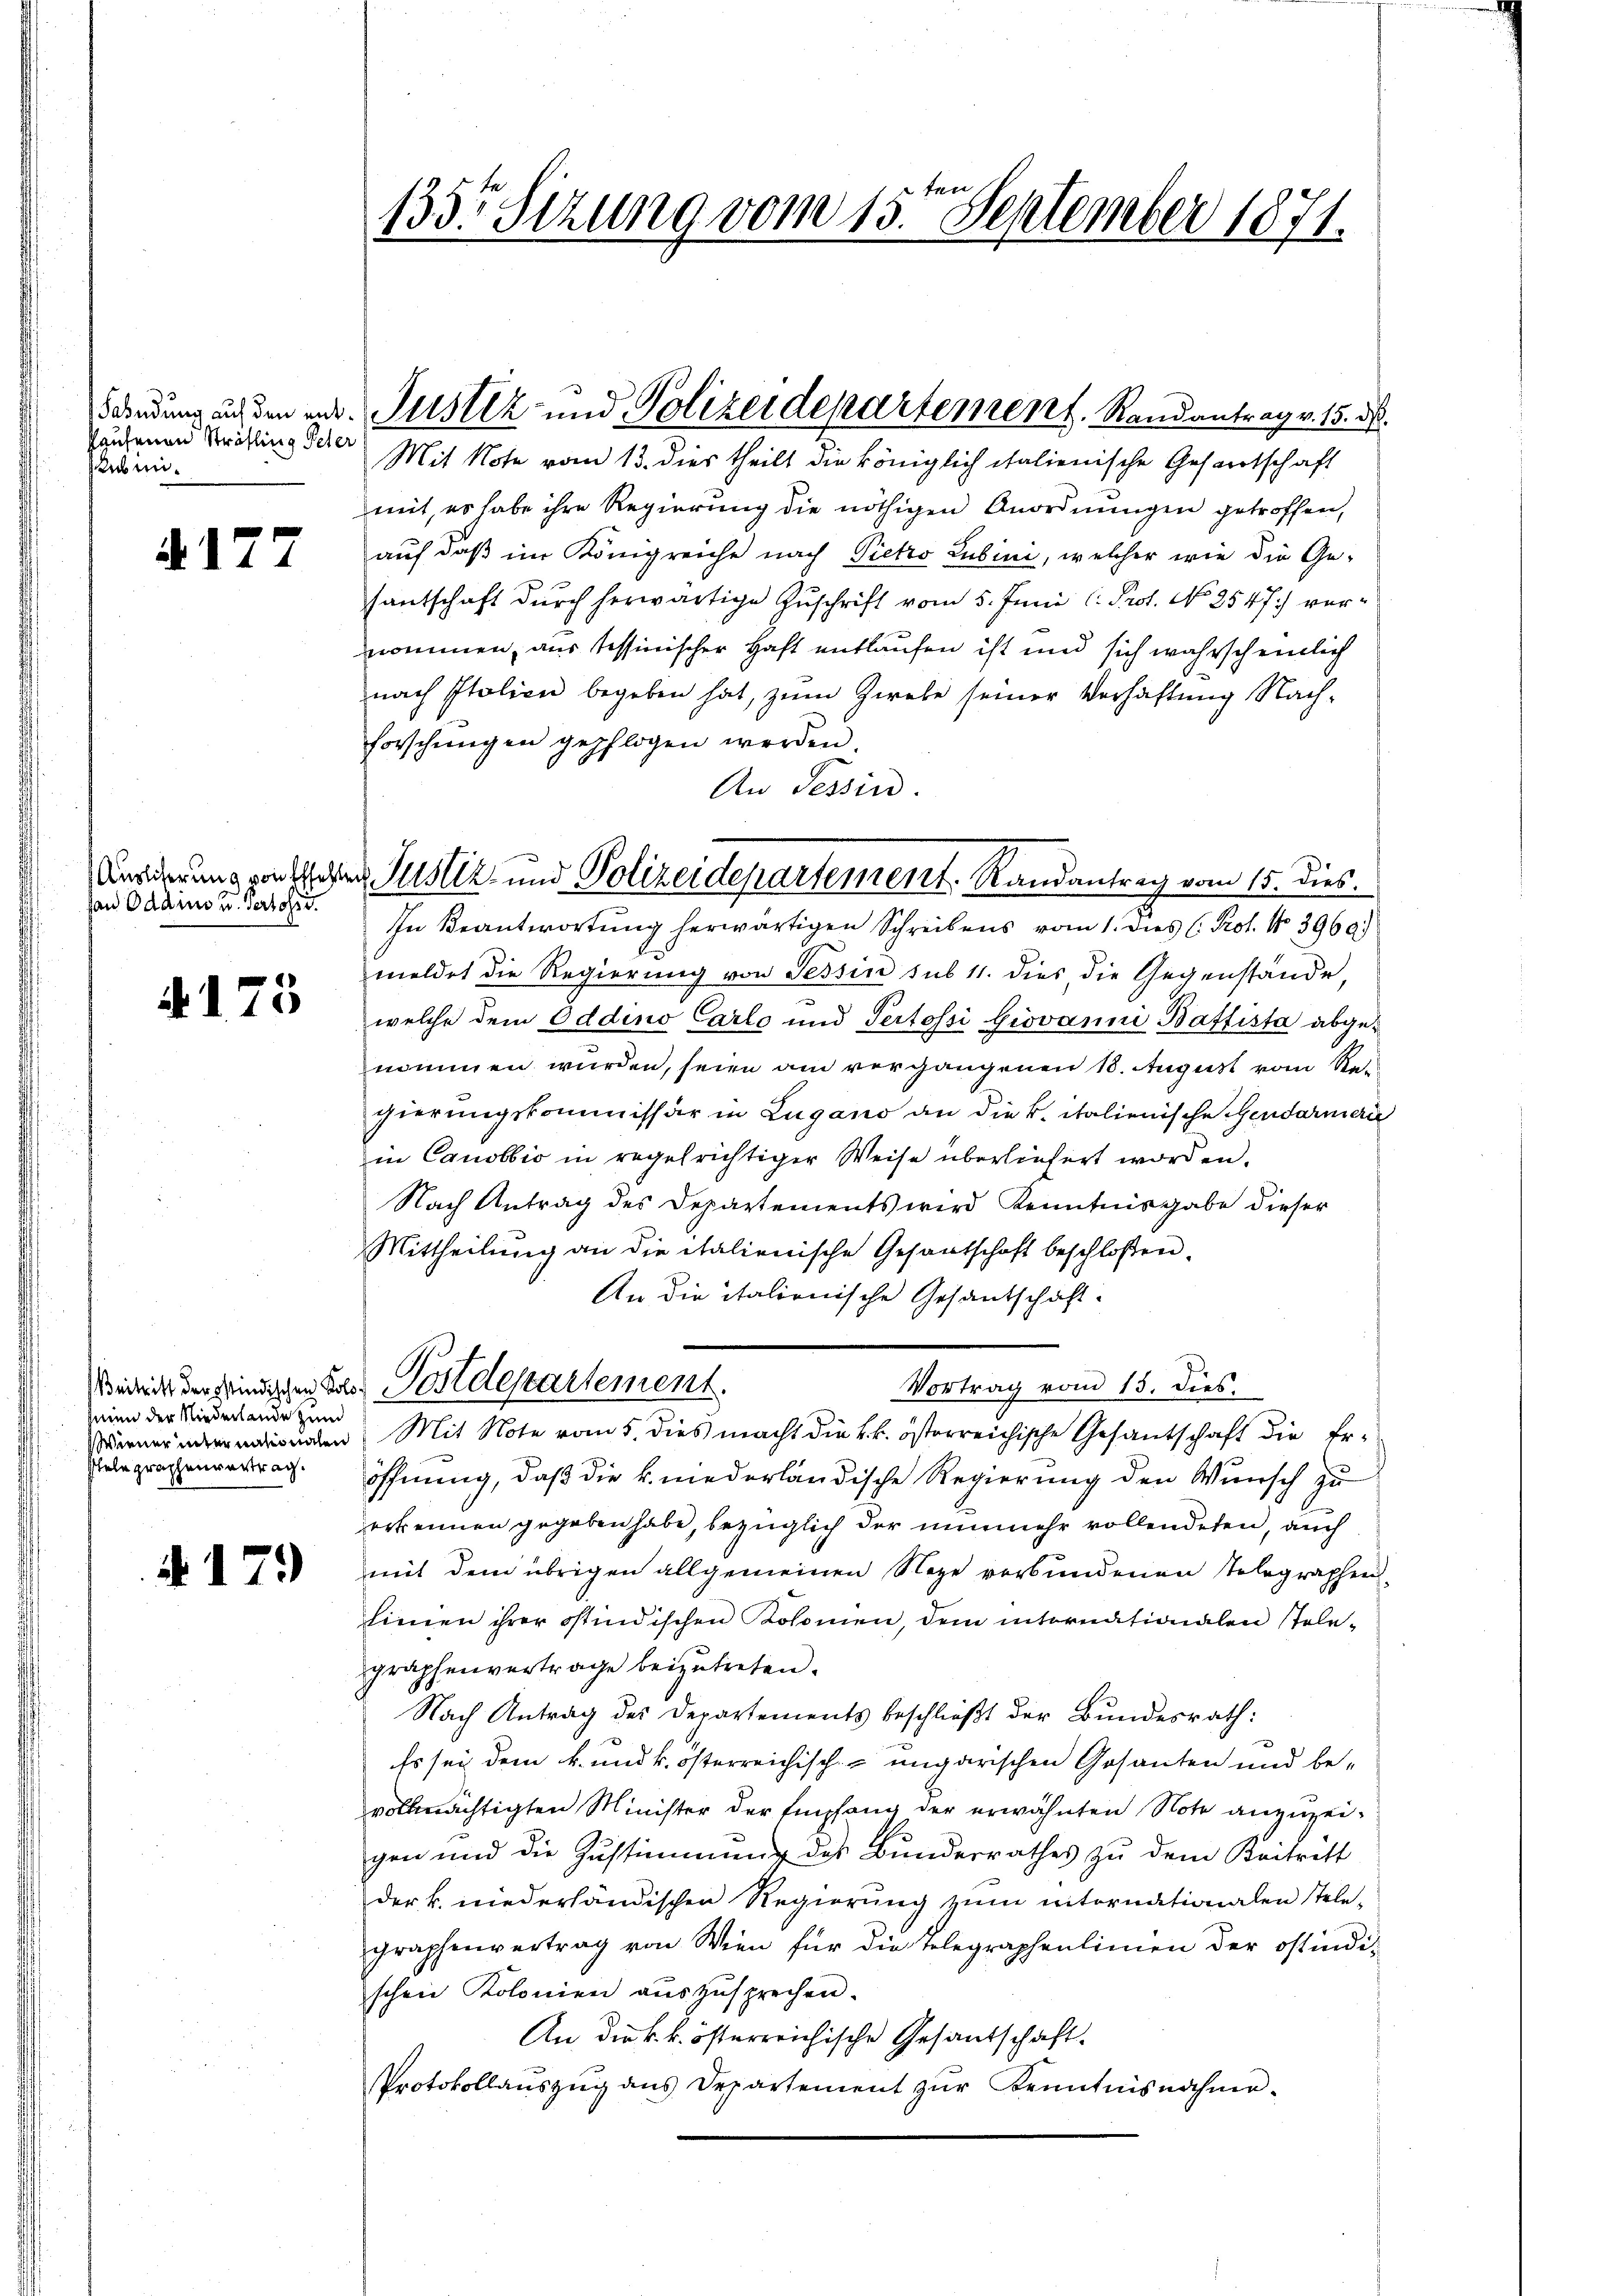
Pausenen Sträfling Peter
Sbini¬

A 177

an Oddius u. Pertossd.

4175

Beitritt der ostindischen Koloseien der Niederlande zun
Wiener unter nassnachen
Itelegraphenvertrag.

N 179

ten
133 Sizung vom 13. September 1871.

Mit Note vom 13. dies theilt die königlich italienische Gesandtschaft
mit, es habe ihre Regierung die nöthigen Anordnungen getroffen,
auf daß im Königreiche nach Pietro Jubini, welcher wie die Ge-
hantschaft durch herwärtige Zŭschrift vom 5. Juni l. Prot. No 2547) vernommen, aus tessinischer Haft entlaufen ist und sich wahrscheinlich
nach Italien begeben hat, zŭm Zwebe seiner Verhaftung Nach-
Forschŭngen gepflogen werden.
An Tessin.
In Beantwortung herwärtigen Schreibens vom 1. dies (: Prot. No 396)
meldet die Regierung von Tessin sub 11. dies die Gegenstände,
welche dem Oddino Carlo und Pertossi Giovanni Baffista abgenommen wurden, seien am vergangenen 10. August vom Regierungskommissär in Lugano an die k. italienische Gendarmeri
in Canobbio in regelrichtiger Weise überliefert worden.
Nach Antrag des Departements wird Kenntnisgabe dieser
Mittheilung an die italienische Gesantschaft beschloßen.
An die italienische Gesantschaft
Postdepartement.
Vortrag vom 15. dies.
Mit Note vom 5. dies macht die kk. österreichische Gesantschaft die Eröffnung, daß die k. niederländische Regierung den Wunsch zu
erkennen gegeben habe, bezüglich der nunmehr vollendeten, auch
mit dem übrigen allgemeinen Nege verbundenen Telegraphen¬
Einnen ihrer Ostindischen Kolonien, dem internationalen stelegraphenvertrage beizutreten.
Nach Antrag des Departements beschließt der Bundesrath:
Es sey dem k. und k. österreichisch-ungarischen Gesanten und bevollmächtigten Minister der Empfang der erwähnten Note anzuzeigen und die Zustimmung des Bunderrathes zu dem Beitritt
der k. niederländischen Regierung zum internationalen Tele-
graphenvertrag von Wien für die Telegraphenlinien der ostindi-
schen Kolonien auszusprechen.
An die k. k. österreichische Gesandschaft.
Protokollaŭszŭg ans Departement zŭr Kenntnisnahme.

Sendung an den und Justiz- und Polizeidepartement. Randantrag v. 15. ds.

Ansierung von Garten Justiz und Polizeidepartement. Randantrag vom 15. dies.